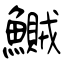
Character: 鱡